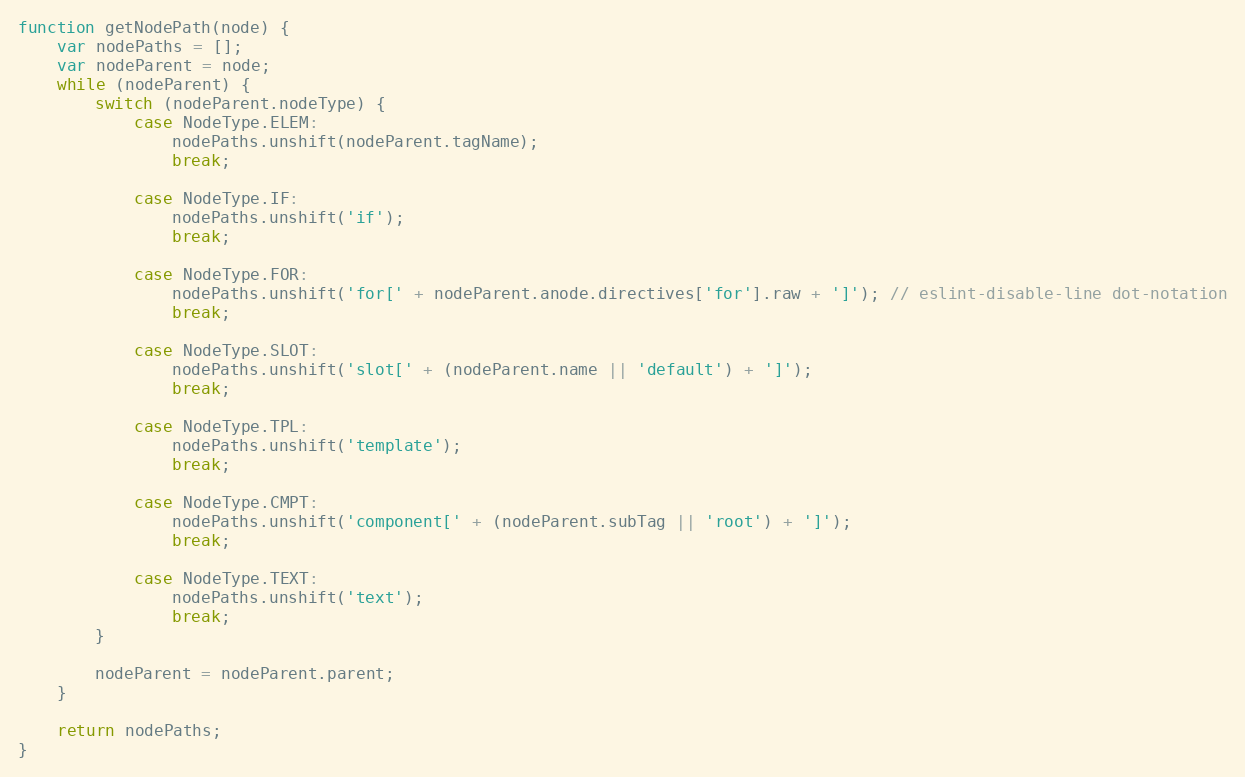
Language: JavaScript
function getNodePath(node) {
    var nodePaths = [];
    var nodeParent = node;
    while (nodeParent) {
        switch (nodeParent.nodeType) {
            case NodeType.ELEM:
                nodePaths.unshift(nodeParent.tagName);
                break;

            case NodeType.IF:
                nodePaths.unshift('if');
                break;

            case NodeType.FOR:
                nodePaths.unshift('for[' + nodeParent.anode.directives['for'].raw + ']'); // eslint-disable-line dot-notation
                break;

            case NodeType.SLOT:
                nodePaths.unshift('slot[' + (nodeParent.name || 'default') + ']');
                break;

            case NodeType.TPL:
                nodePaths.unshift('template');
                break;

            case NodeType.CMPT:
                nodePaths.unshift('component[' + (nodeParent.subTag || 'root') + ']');
                break;

            case NodeType.TEXT:
                nodePaths.unshift('text');
                break;
        }

        nodeParent = nodeParent.parent;
    }

    return nodePaths;
}